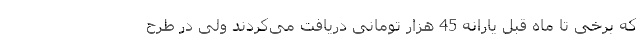
که برخی تا ماه قبل یارانه 45 هزار تومانی دریافت می‌کردند ولی در طرح